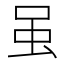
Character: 虽